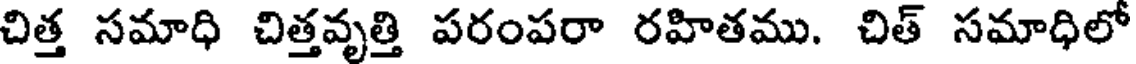
చిత్త సమాధి చిత్తవృత్తి పరంపరా రహితము. చిత్ సమాధిలో